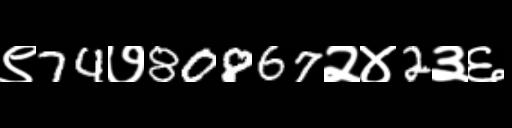
Text: ९74७80867२४2३६